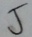
5